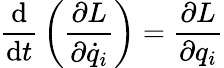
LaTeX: {\frac{\mathrm{d}}{\mathrm{d}t}}\left({\frac{\partial L}{\partial{\dot{q}}_{i}}}\right)={\frac{\partial L}{\partial q_{i}}}